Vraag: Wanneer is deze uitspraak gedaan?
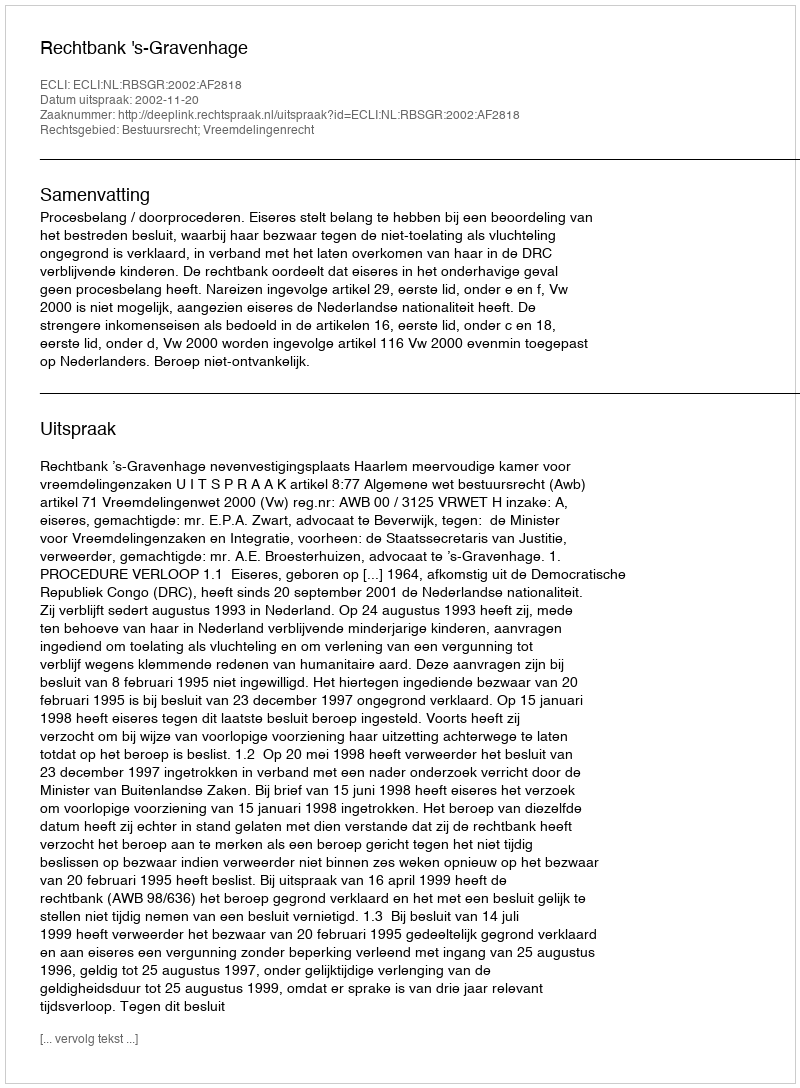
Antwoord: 2002-11-20